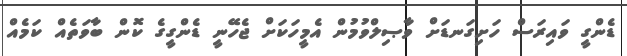
ޑެންގީ ވައިރަސް ހަށިގަނޑަށް ވާޞިލްވުމުން އެމީހަކަށް ޖެހޭނީ ޑެންގީގެ ކޮން ބާވަތެއް ކަމެއް